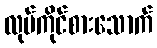
လုပ်ကိုင်စားသောက်